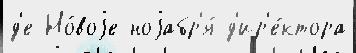
д'е Но́воjе ноjабр'я́ д'ир'е́ктора